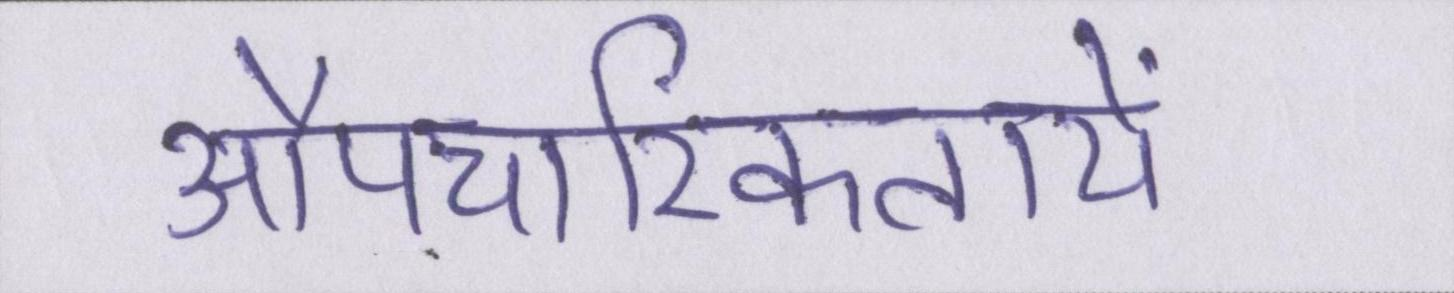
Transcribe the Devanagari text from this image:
औपचारिकतायें